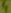
Text: 4